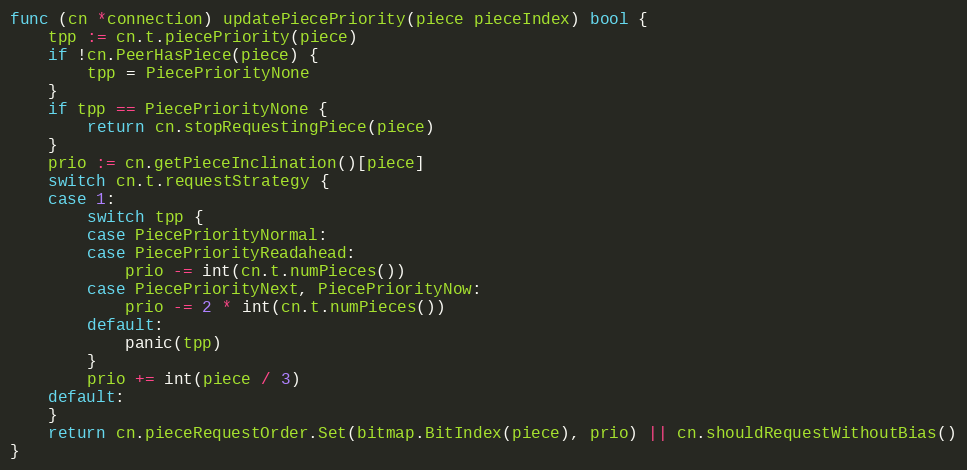
Language: Go
func (cn *connection) updatePiecePriority(piece pieceIndex) bool {
	tpp := cn.t.piecePriority(piece)
	if !cn.PeerHasPiece(piece) {
		tpp = PiecePriorityNone
	}
	if tpp == PiecePriorityNone {
		return cn.stopRequestingPiece(piece)
	}
	prio := cn.getPieceInclination()[piece]
	switch cn.t.requestStrategy {
	case 1:
		switch tpp {
		case PiecePriorityNormal:
		case PiecePriorityReadahead:
			prio -= int(cn.t.numPieces())
		case PiecePriorityNext, PiecePriorityNow:
			prio -= 2 * int(cn.t.numPieces())
		default:
			panic(tpp)
		}
		prio += int(piece / 3)
	default:
	}
	return cn.pieceRequestOrder.Set(bitmap.BitIndex(piece), prio) || cn.shouldRequestWithoutBias()
}